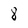
Character: 8